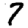
Digit: 7